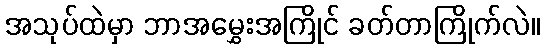
အသုပ်ထဲမှာ ဘာအမွှေးအကြိုင် ခတ်တာကြိုက်လဲ။